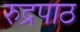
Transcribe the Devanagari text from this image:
रुद्रपाठ